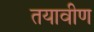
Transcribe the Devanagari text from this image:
तयावीण